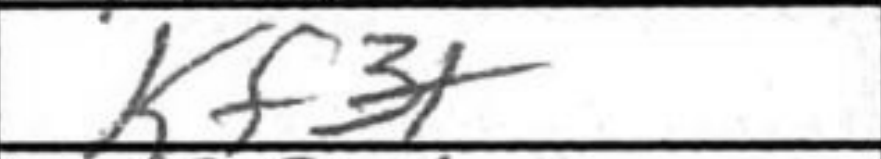
Transcription: Kf3+